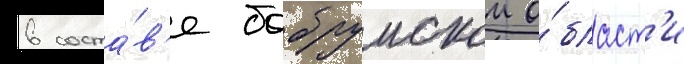
в соста́в'е бобруискои о́бласт'и